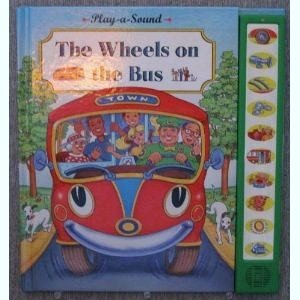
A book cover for Wheels on the Bus (Play-a-sound); Children's Books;